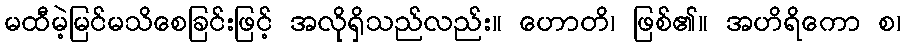
မထီမဲ့မြင်မသိစေခြင်းဖြင့် အလိုရှိသည်လည်း။ ဟောတိ၊ ဖြစ်၏။ အဟိရိကော စ၊